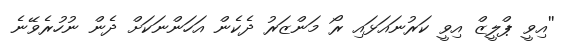
''އިވީ ޕްލީޒް އިވީ ކަރުނައަޅައި ރޯ މަންޒަރު ދެކެން އަހަންނަކަށް ދެން ނުހުރެވޭނެ